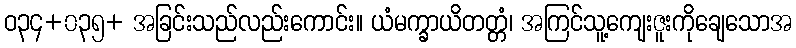
ဝ၃၄+၀၃၅+ အခြင်းသည်လည်းကောင်း။ ယံမက္ခာယိတတ္တံ၊ အကြင်သူ့ကျေးဇူးကိုချေသောအ